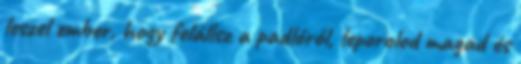
leszel ember, hogy felállsz a padlóról, leporolod magad és